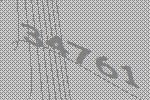
34761